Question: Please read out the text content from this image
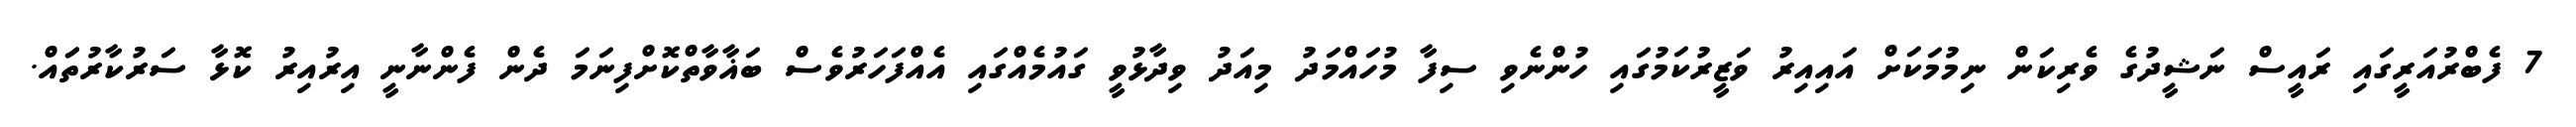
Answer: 7 ފެބްރުއަރީގައި ރައީސް ނަޝީދުގެ ވެރިކަން ނިމުމަކަށް އައިއިރު ވަޒީރުކަމުގައި ހުންނެވި ސިފާ މުހައްމަދު މިއަދު ވިދާޅުވީ ގައުމެއްގައި އެއްފަހަރުވެސް ބަޣާވާތްކޮށްފިނަމަ ދެން ފެންނާނީ އިރުއިރު ކޮޅާ ސަރުކާރުތަައް.